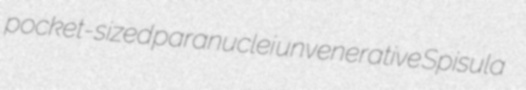
pocket-sized paranuclei unvenerative Spisula